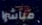
مباشرا